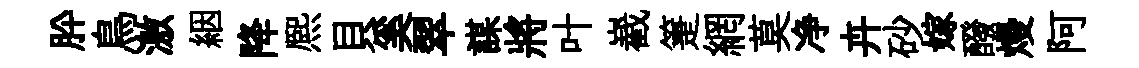
肸鳥激絪降熈貝奚翠謀將叶嶻箑網莫净卉砂嫁醱熳阿